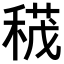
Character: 𥠏